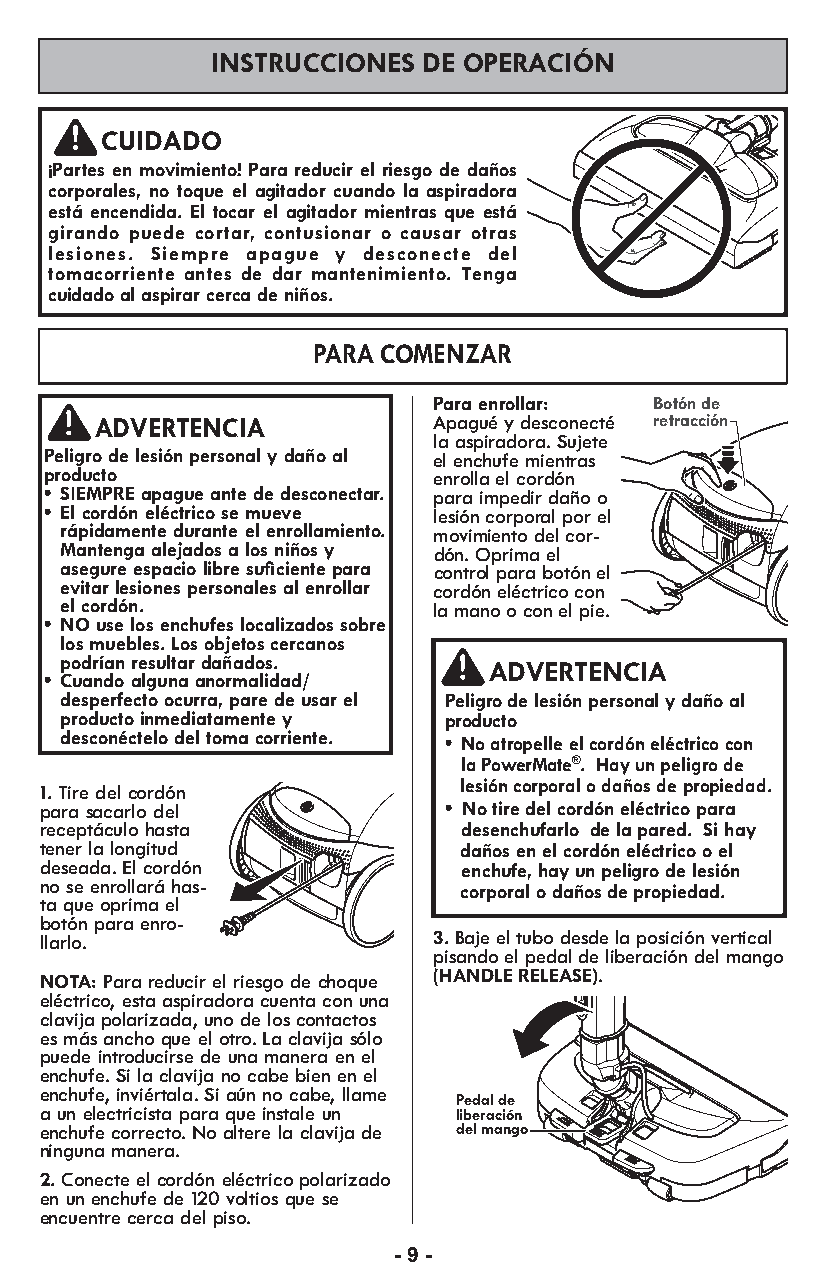
INSTRUCCIONES DE OPERACIÓN
 CUIDADO
 ¡Partes en movimiento! Para reducir el riesgo de daños
 corporales, no toque el agitador cuando la aspiradora
 está encendida. El tocar el agitador mientras que está
 girando puede cortar, contusionar o causar otras
 lesiones. Siempre apague y desconecte del
 tomacorriente antes de dar mantenimiento. Tenga
 cuidado al aspirar cerca de niños.
 PARA COMENZAR
 Para enro llar: Botón de
 ADVERTENCIA            Apagué y desconecté retracción
 la aspiradora. Sujete
 Peli gro de lesión per so nal y daño al el enchufe mien tras
 pro ducto                 enro lla el cor dón
 • SIEMPRE apague ante de desconectar. para impe dir daño o
 • El cor dón eléc trico se mueve lesión cor po ral por el
 rápi da mente durante el enro lla miento. movim iento del cor -
 Man tenga ale ja dos a los niños y dón. Oprima el
 ase gure espa cio libre sufi ciente para control para botónel
 evit ar lesio nes per so na les al enro llar cordón eléctrico con
 el cor dón.              la mano o con el pie.
 • NO use los en chu fes lo ca li za dos so bre
 los mue bles. Los ob je tos cer ca nos
 po drí an re sul tar da ña dos.
 ADVERTENCIA
 • Cuando alguna anormalidad/
 desperfecto ocurra, pare de usar el Peligro de lesión personal y daño al
 producto inmediatamente y producto
 desconéctelo del toma corriente.
 • No atropelle el cordón eléctrico con
 la PowerMate®. Hay un peligro de
 lesión corporal o daños de propiedad.
 1. Tire del cor dón
 para sacarlo del          • No tire del cordón eléctrico para
 recept á culo hasta         desenchufarlo de la pared. Si hay
 tener la lon gi tud         daños en el cordón eléctrico o el
 dese ada. El cor dón        enchufe, hay un peligro de lesión
 no se en ro lla rá has -    corporal o daños de propiedad.
 ta que opri ma el
 botón para en ro -
 llar lo.                  3. Baje el tubo desde la posición vertical
 pisando el pedal de liberación del mango
 (HANDLE RELEASE).
 NOTA: Para reducir el riesgo de choque
 eléctrico, esta aspiradora cuenta con una
 clavija polarizada, uno de los contactos
 es más ancho que el otro. La clavija sólo
 puede introducirse de una manera en el
 enchufe. Si la clavija no cabe bien en el
 enchufe, inviértala. Si aún no cabe, llame
 Pedal de
 a un electricista para que instale un liberación
 ne in nc gh uu nf ae c mo ar nre ec rato .. No altere la clavija de del mango RELEBARSUESH
 RELHEAANSDELE
 ADHJEUISGTHT
 2. Conecte el cordón eléctrico polarizado
 en un enchufe de 120 voltios que se
 encuentre cerca del piso.
 - 9 -